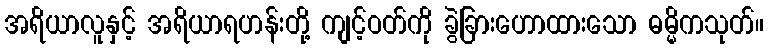
အရိယာလူနှင့် အရိယာရဟန်းတို့ ကျင့်ဝတ်ကို ခွဲခြားဟောထားသော ဓမ္မိကသုတ်။